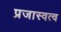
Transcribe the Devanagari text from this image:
प्रजास्वत्व